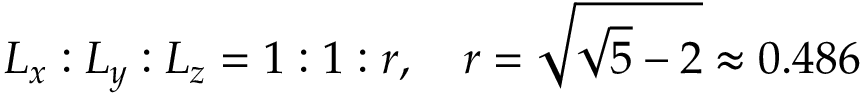
L _ { x } : L _ { y } : L _ { z } = 1 : 1 : r , \quad r = \sqrt { \sqrt { 5 } - 2 } \approx 0 . 4 8 6